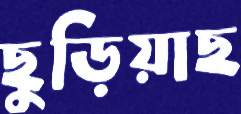
ছুড়িয়াছ